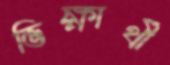
ভিক্ষার্থী